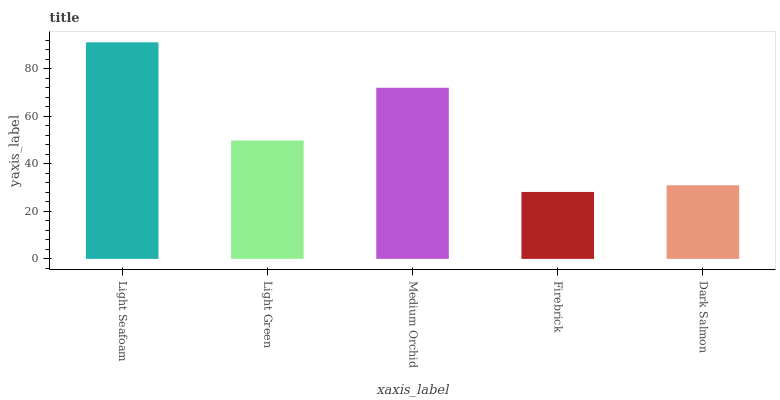
| xaxis_label | bars |
 | --- | --- |
 | Light Seafoam | 91.2 |
 | Light Green | 49.9 |
 | Medium Orchid | 72.1 |
 | Firebrick | 28.2 |
 | Dark Salmon | 31 |